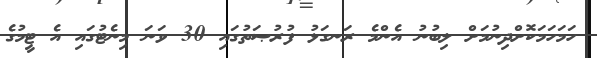
ހަމަހަމަކޮށްދިނުމަށް ލިބުނު އެންމެ ރަނގަޅު ފުރުޞަތުގައި 30 ވަނަ މިނެޓުގައި އެ ޓީމުގެ